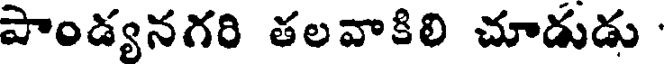
పాండ్యనగరి తలవాకిలి చూడుడు